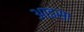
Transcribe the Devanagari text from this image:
आइसा